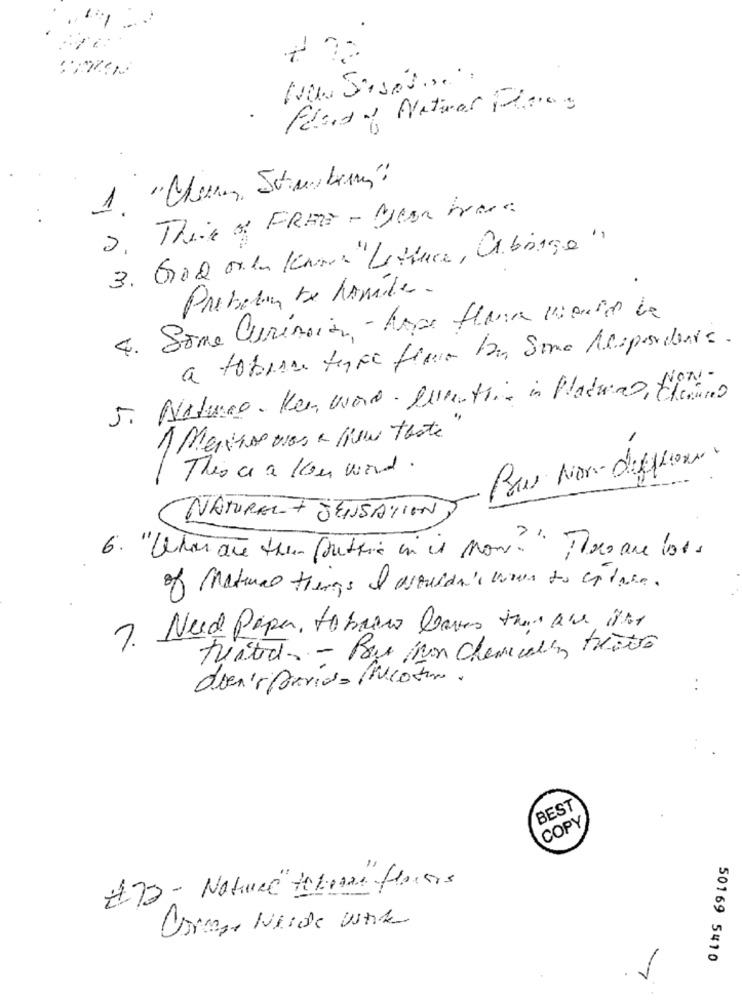
Flens of National Thomas
2. This of FREE - Mean Frase
3. 600 oren Knows "Lettuce, Orbange"
Probation De hamile.
4. Some Curinoion - hope flama mouse la
a tobias type fine be Some Respondents.
5. Natures. Ken word . Dertig in Maduras, Elimino
( Marcus was a New thate"
This a a kom word.
Raw Non-different.
NATUREL+ SENSATION
6. "Uton are the (rustic in is now"
of material things I assvida's wow to eplace.
7. Need Paper, to barn leaves the aus, and
tested. - Bar mon chemically teatro
doen't Parid= fricotin.
BEST
COPY
#22 - Nature" tolome floors
Carenze Neide White
50169 5410
. 1